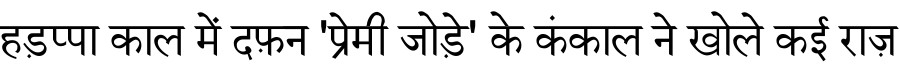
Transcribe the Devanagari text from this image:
हड़प्पा काल में दफ़न 'प्रेमी जोड़े' के कंकाल ने खोले कई राज़